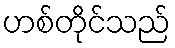
ဟစ်တိုင်သည်